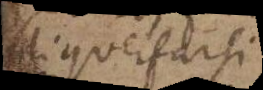
liquefarsi